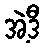
အဲ့ဒီ